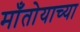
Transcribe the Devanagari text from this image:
माँतोयाच्या